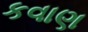
કવાણ